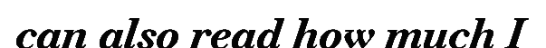
can also read how much I